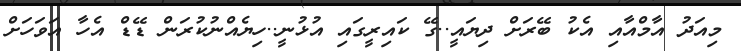
މިއަދު އާމްއާއި އެކު ބޭރަށް ދިޔައީ..ގޭ ކައިރީގައި އުޅުނީ..ހިޔެއްނުކުރަން ޑޭޑް އެހާ އަވަހަށް